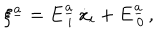
LaTeX: \xi ^ { \underline { { { a } } } } = E _ { \ i } ^ { \underline { { { a } } } } \, \dot { x } _ { i } + E _ { \ 0 } ^ { \underline { { { a } } } } \, ,